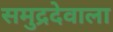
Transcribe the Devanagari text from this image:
समुद्रदेवाला